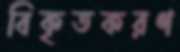
বিকৃতকরণ